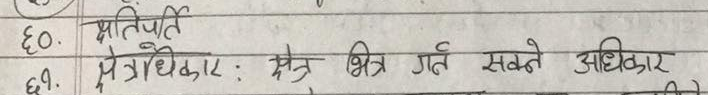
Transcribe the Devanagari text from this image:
६०. क्षतिपुर्ति
६१. क्षेत्राधिकार : क्षेत्र भित्र गर्न सक्ने अधिकार